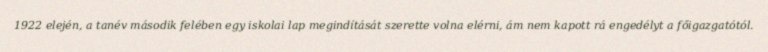
1922 elején, a tanév második felében egy iskolai lap megindítását szerette volna elérni, ám nem kapott rá engedélyt a főigazgatótól.